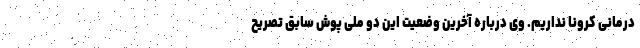
درمانی کرونا نداریم. وی درباره آخرین وضعیت این دو ملی پوش سابق تصریح